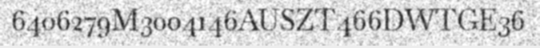
6406279M3004146AUSZT466DWTGE36